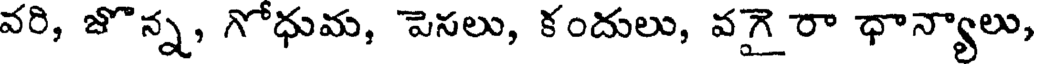
వరి, జొన్న, గోధుమ, పెసలు, కందులు, వగై రా ధాన్యాలు,